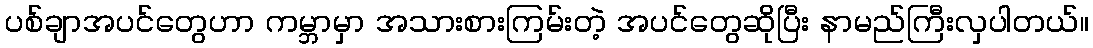
ပစ်ချာအပင်တွေဟာ ကမ္ဘာမှာ အသားစားကြမ်းတဲ့ အပင်တွေဆိုပြီး နာမည်ကြီးလှပါတယ်။